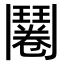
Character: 𮫔